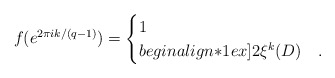
\begin{align*}f(e^{2\pi ik/(q-1)})=\begin{cases}1 & \\begin{align*}1ex]2\xi^k(D) & .\end{cases}\end{align*}